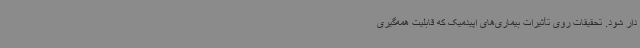
دار شود. تحقیقات روی تأثیرات بیماری‌های اپیدمیک که قابلیت همه‌گیری